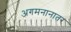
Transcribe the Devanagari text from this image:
अगमनानातर